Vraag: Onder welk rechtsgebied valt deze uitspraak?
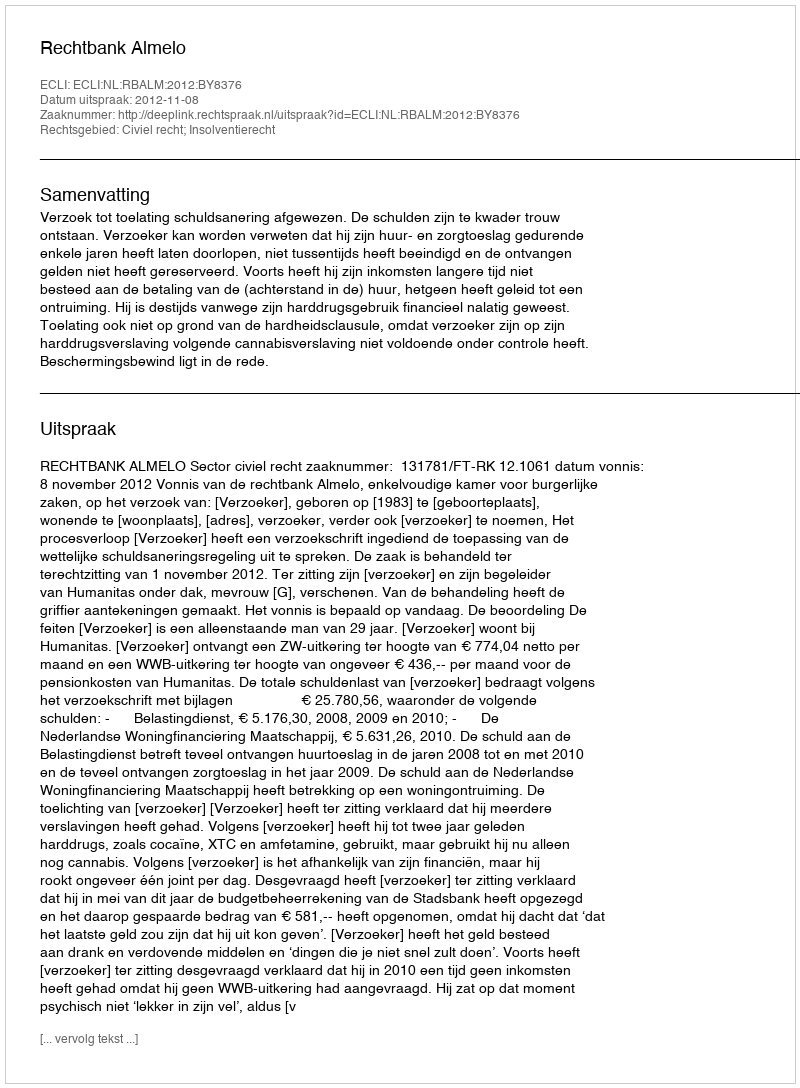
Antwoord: Civiel recht; Insolventierecht